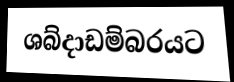
ශබ්දාඩම්බරයට